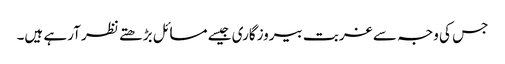
جس کی وجہ سے غربت بیروزگاری جیسے مسائل بڑھتے نظر آرہے ہیں۔